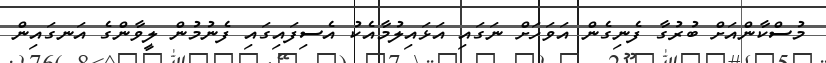
މުސްކާންއަށް ބުރުގާ ފެނިގެން އަވަހަށް ނަގައި އަޅައިލުމާއެކު އެސިފައިގައި ފެނުމުން ލީވާންގެ އަނގައިން